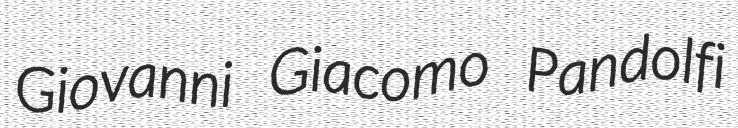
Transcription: Giovanni Giacomo Pandolfi